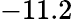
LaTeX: -11.2